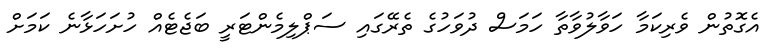
އެގޮތުން ވެރިކަމާ ހަވާލުވާތާ ހަމަސް ދުވަހުގެ ތެރޭގައި ސަޕްލިމެންޓަރީ ބަޖެޓެއް ހުށަހަޅާނެ ކަމަށް